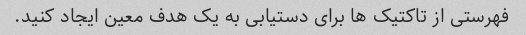
فهرستی از تاکتیک ها برای دستیابی به یک هدف معین ایجاد کنید.